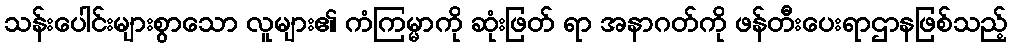
သန်းပေါင်းများစွာသော လူများ၏ ကံကြမ္မာကို ဆုံးဖြတ် ရာ အနာဂတ်ကို ဖန်တီးပေးရာဌာနဖြစ်သည့်